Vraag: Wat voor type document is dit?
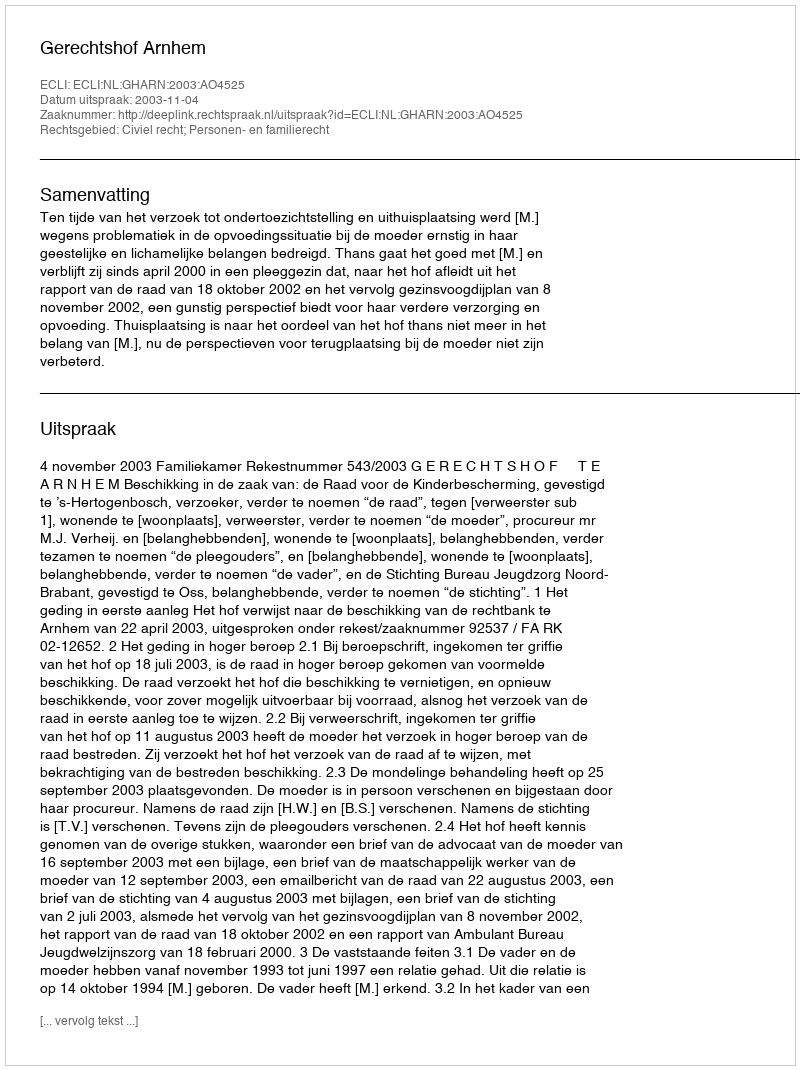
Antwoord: Uitspraak